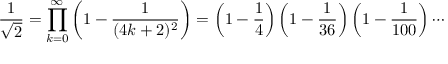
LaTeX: { \frac { 1 } { \sqrt { 2 } } } = \prod _ { k = 0 } ^ { \infty } \left( 1 - { \frac { 1 } { ( 4 k + 2 ) ^ { 2 } } } \right) = \left( 1 - { \frac { 1 } { 4 } } \right) \left( 1 - { \frac { 1 } { 3 6 } } \right) \left( 1 - { \frac { 1 } { 1 0 0 } } \right) \cdots